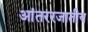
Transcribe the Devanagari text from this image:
आंतररजातीय